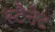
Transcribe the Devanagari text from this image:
स्टैनेट